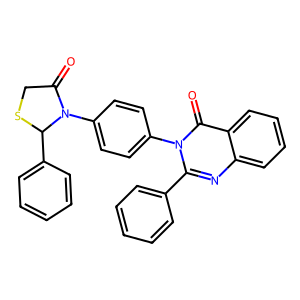
SMILES: O=C1CSC(c2ccccc2)N1c1ccc(-n2c(-c3ccccc3)nc3ccccc3c2=O)cc1
Inhibits HIV replication: No